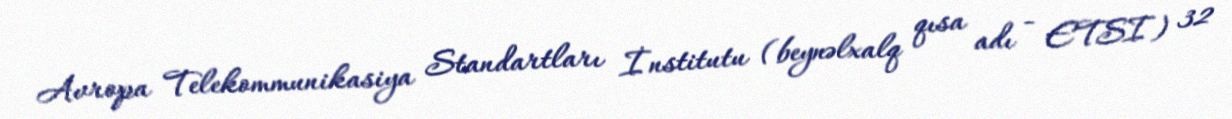
Avropa Telekommunikasiya Standartları İnstitutu (beynəlxalq qısa adı - ETSI) 32